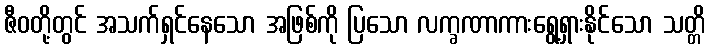
ဇီဝတို့တွင် အသက်ရှင်နေသော အဖြစ်ကို ပြသော လက္ခဏာကားရွေ့ရှားနိုင်သော သတ္တိ